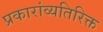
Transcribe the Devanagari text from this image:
प्रकारांव्यतिरिक्त